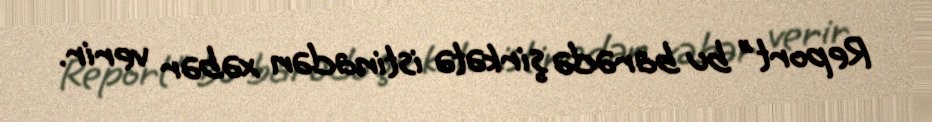
Report" bu barədə şirkətə istinadən xəbər verir.